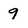
Character: 9